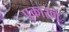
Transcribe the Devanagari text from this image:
पुकारणे